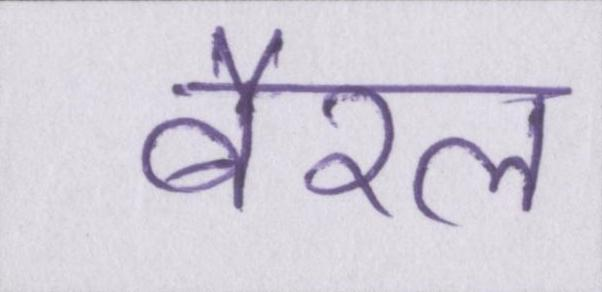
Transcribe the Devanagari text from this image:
बैरल